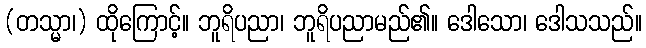
(တသ္မာ၊) ထိုကြောင့်။ ဘူရိပညာ၊ ဘူရိပညာမည်၏။ ဒေါသော၊ ဒေါသသည်။